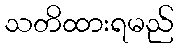
သတိထားရမည်